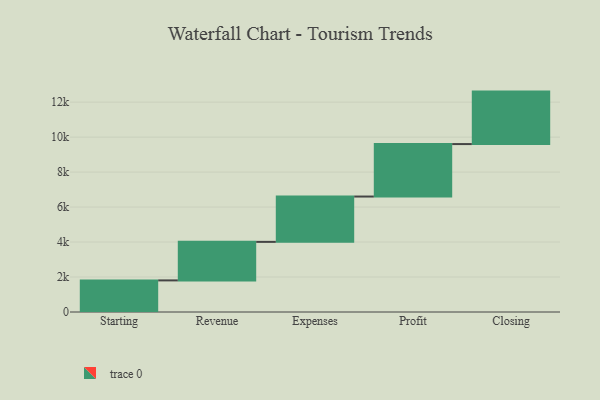
{"axis": {"x": "Step", "y": "Value"}, "legend": [""], "data": [{"x": "Starting", "y": 1807.0, "type": ""}, {"x": "Revenue", "y": 2203.0, "type": ""}, {"x": "Expenses", "y": 2592.0, "type": ""}, {"x": "Profit", "y": 3000, "type": ""}, {"x": "Closing", "y": 3000, "type": ""}]}